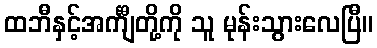
ထဘီနှင့်အင်္ကျီတို့ကို သူ မုန်းသွားလေပြီ။